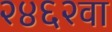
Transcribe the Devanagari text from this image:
२४६२वा